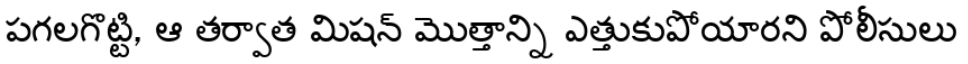
పగలగొట్టి, ఆ తర్వాత మిషన్ మొత్తాన్ని ఎత్తుకుపోయారని పోలీసులు